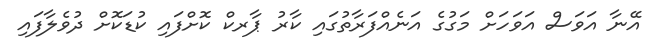
އޭނާ އަވަސް އަވަހަށް މަގުގެ އަނެއްފަރާތުގައި ކާރު ޕާރކް ކޮށްފައި ކުޑަކޮށް ދުވެލާފައި